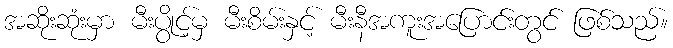
အဆိုးဆုံးမှာ မီးပွိုင့်မှ မီးစိမ်းနှင့် မီးနီအကူးအပြောင်းတွင် ဖြစ်သည်။